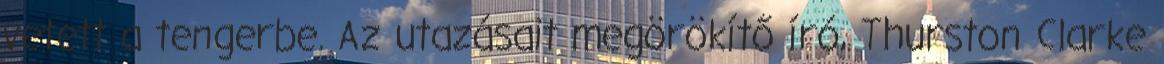
vetett a tengerbe. Az utazásait megörökítő író, Thurston Clarke